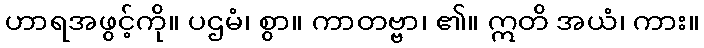
ဟာရအဖွင့်ကို။ ပဌမံ၊ စွာ။ ကာတဗ္ဗာ၊ ၏။ ဣတိ အယံ၊ ကား။